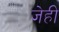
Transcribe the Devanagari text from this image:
जेही